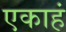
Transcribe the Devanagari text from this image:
एकाहं